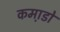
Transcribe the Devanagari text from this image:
कमा़डो